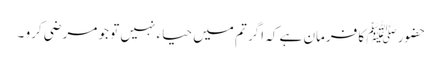
حضور ﷺ کا فرمان ہے کہ اگر تم میں حیاء نہیں تو جو مرضی کرو ۔